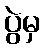
ပွဲမှ